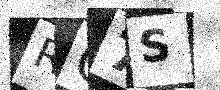
Text: RG7S